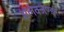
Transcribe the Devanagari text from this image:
अलेक्जैण्डर